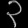
Digit: ၃